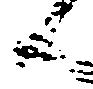
候